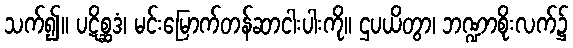
သက်၍။ ပဋိစ္ဆဒံ၊ မင်းမြောက်တန်ဆာငါးပါးကို။ ဌပယိတွာ၊ ဘဏ္ဍာစိုးလက်၌